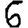
Digit: 6